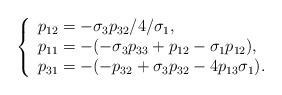
LaTeX: \begin{align*}\left \{\begin{array}[c]{l}p_{12}=-\sigma_{3}p_{32}/4/\sigma_{1},\\p_{11}=-(-\sigma_{3}p_{33}+p_{12}-\sigma_{1}p_{12}),\\p_{31}=-(-p_{32}+\sigma_{3}p_{32}-4p_{13}\sigma_{1}).\end{array}\right. \end{align*}